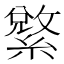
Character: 𱺄